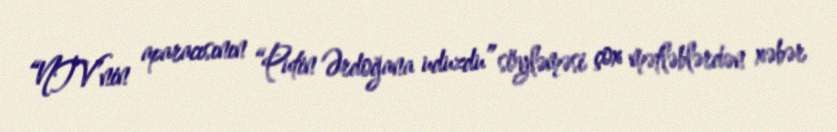
“NTV”nin aparacısının “Putin Ərdoğana uduzdu” söyləməsi çox mətləblərdən xəbər